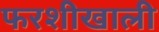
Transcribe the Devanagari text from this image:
फरशीखाली